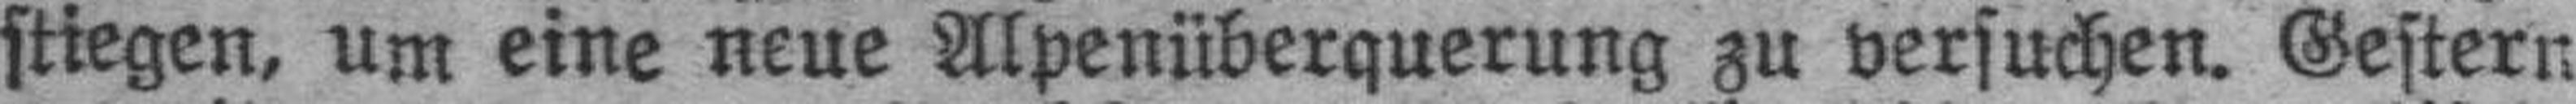
stiegen, um eine neue Alpenüberquerung zu versuchen. Gestern